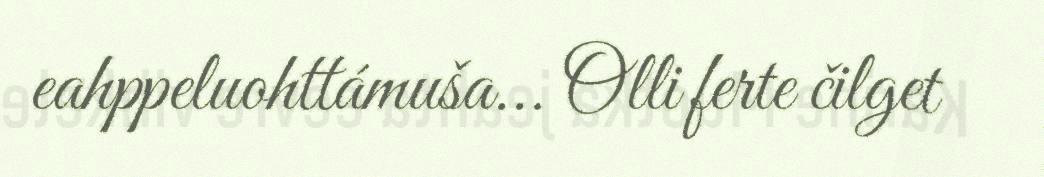
eahppeluohttámuša... Olli ferte čilget